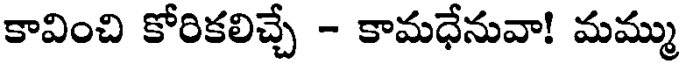
కావించి కోరికలిచ్చే - కామధేనువా! మమ్ము